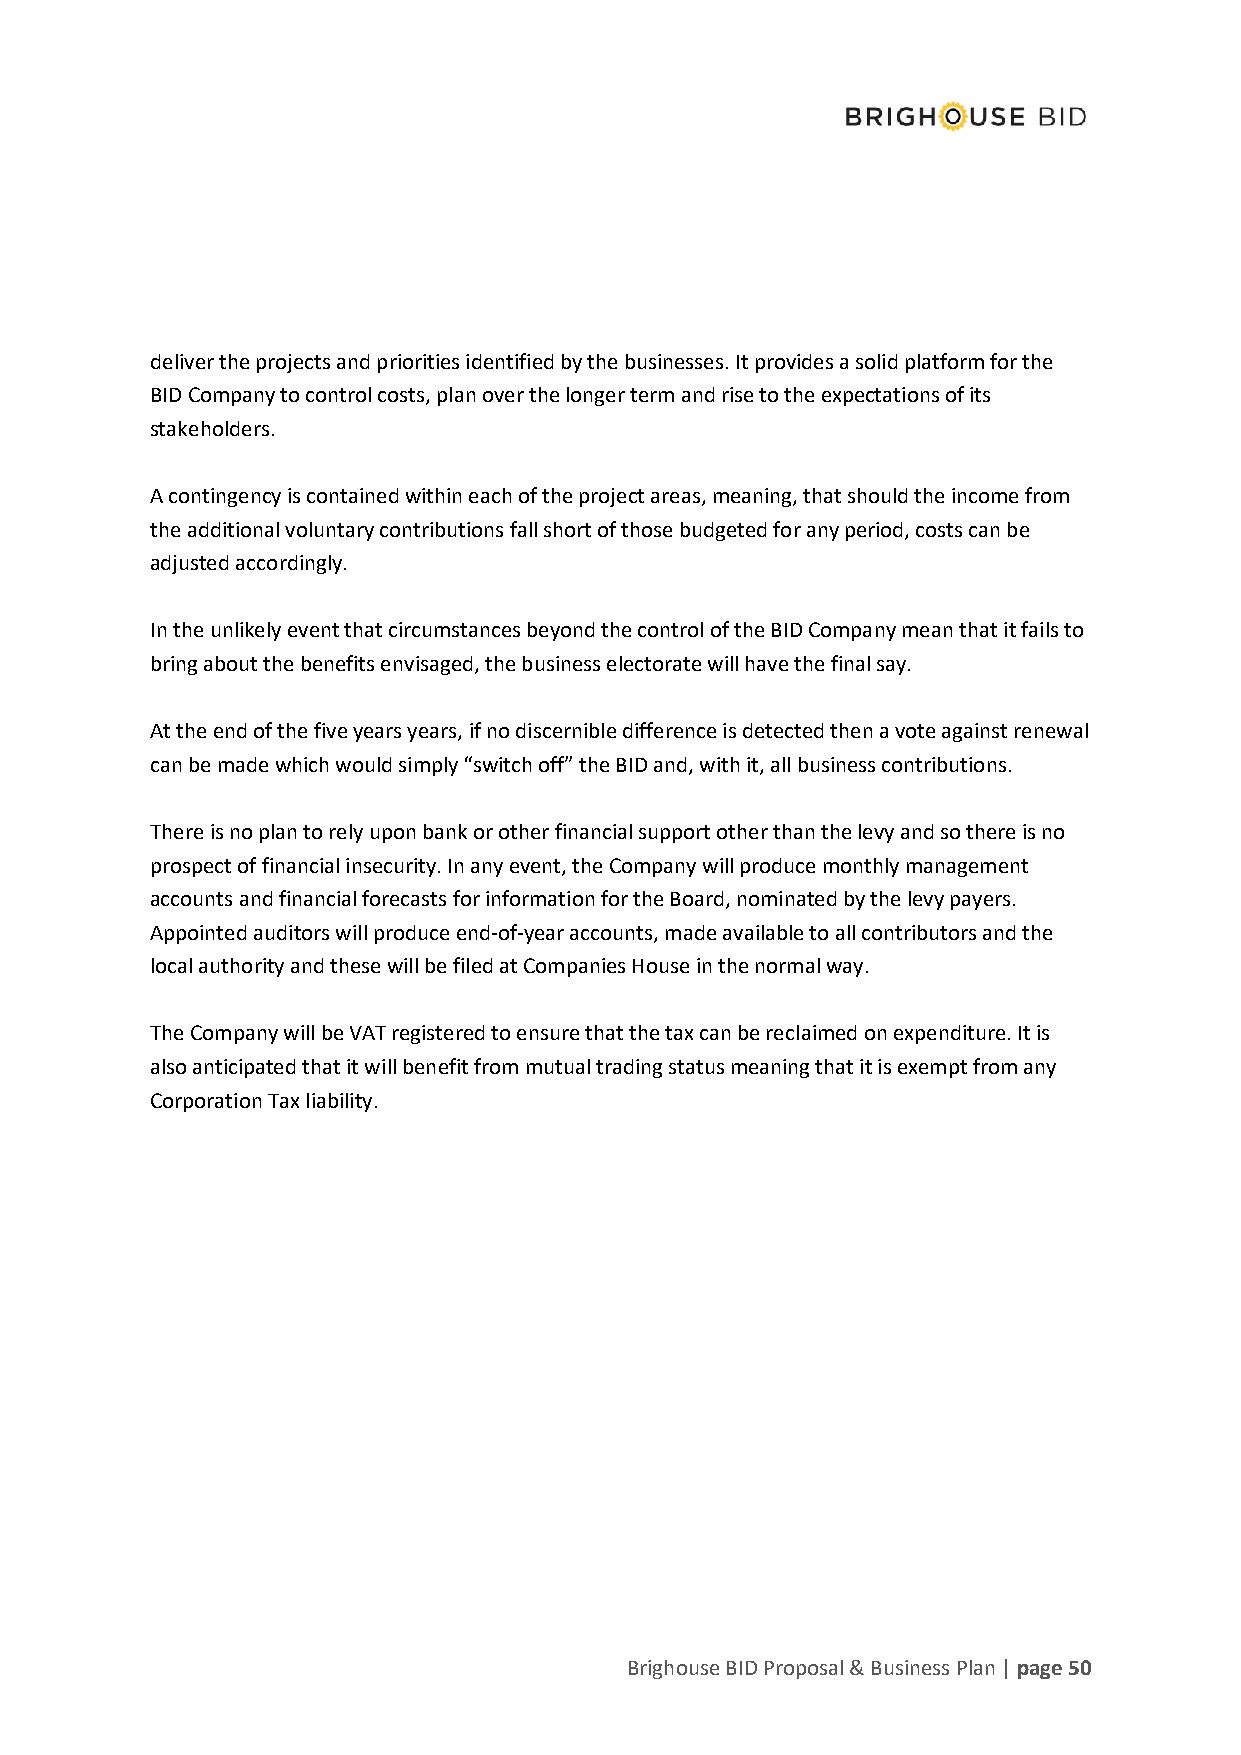
deliver the projects and priorities identified by the businesses. It provides a solid platform for the
 BID Company to control costs, plan over the longer term and rise to the expectations of its
 stakeholders.
 A contingency is contained within each of the project areas, meaning, that should the income from
 the additional voluntary contributions fall short of those budgeted for any period, costs can be
 adjusted accordingly.
 In the unlikely event that circumstances beyond the control of the BID Company mean that it fails to
 bring about the benefits envisaged, the business electorate will have the final say.
 At the end of the five years years, if no discernible difference is detected then a vote against renewal
 can be made which would simply “switch off” the BID and, with it, all business contributions.
 There is no plan to rely upon bank or other financial support other than the levy and so there is no
 prospect of financial insecurity. In any event, the Company will produce monthly management
 accounts and financial forecasts for information for the Board, nominated by the levy payers.
 Appointed auditors will produce end-of-year accounts, made available to all contributors and the
 local authority and these will be filed at Companies House in the normal way.
 The Company will be VAT registered to ensure that the tax can be reclaimed on expenditure. It is
 also anticipated that it will benefit from mutual trading status meaning that it is exempt from any
 Corporation Tax liability.
 Brighouse BID Proposal & Business Plan | page 50